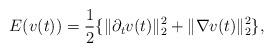
LaTeX: \begin{align*}E(v(t)) = \frac{1}{2} \{\|\partial_t v(t) \|^2_2 +\|\nabla v(t)\|^2_2 \},\end{align*}